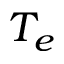
T _ { e }